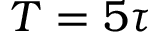
T = 5 \tau